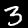
Digit: 3